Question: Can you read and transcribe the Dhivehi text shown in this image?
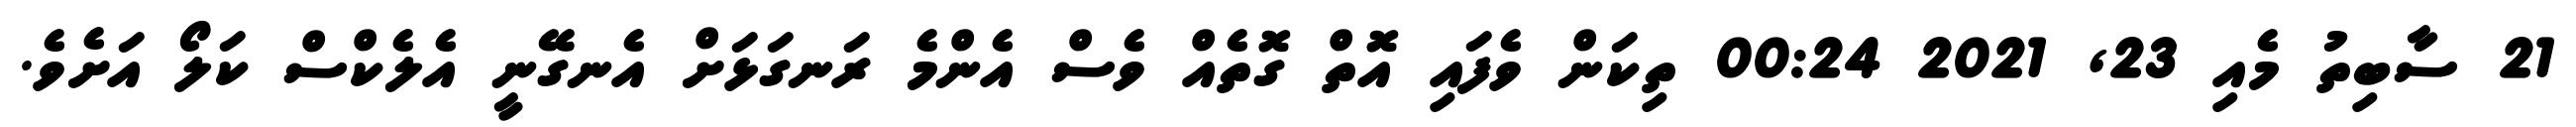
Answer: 21 ސާބިތު މެއި 23, 2021 00:24 ތިކަން ވެފައި އޮތް ގޮތެއް ވެސް އެންމެ ރަނގަޅަށް އެނގޭނީ އެލެކްސް ކަލޯ އަށެވެ.